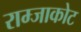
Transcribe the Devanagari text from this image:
राम्जाकोट